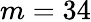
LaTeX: m=34